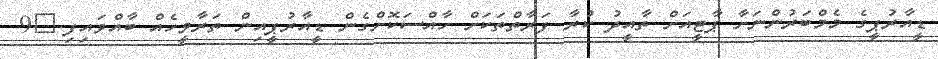
ޑީއާރުޕީގެ މެމްބަރުންނަށާ ޕާޓީއަށް ތާއީދު ކުރާ ފަރާތްތަކަށް ހާއްސަކޮށްގެން ޑީއާރުޕީއިން ތަރާވީހެއް ބާއްވައިފި.	9